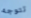
تتوجه